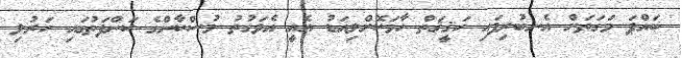
ބައްޕަ މަގަތަށް އެނބުރިފައި ހަޤީޤަތް ހާމަކޮށްލިއަޑު އެއީ އެވަގުތު މުސްކާންގެ ކަންފަތުގައި ހަރުލި